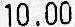
10.00